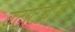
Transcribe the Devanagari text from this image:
वटाटाबाडा